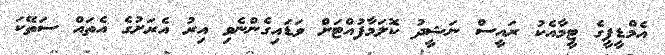
އެމްޑީޕީގެ ޓީމާއެކު ރައީސް ނަޝީދު ކޮލަމާފުއްޓަށް ވަޑައިގެންނެވި އިރު އެރަށުގެ އެތައް ސަތޭކަ